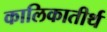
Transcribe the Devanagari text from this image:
कालिकातीर्थ